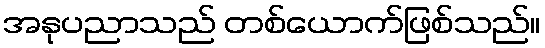
အနုပညာသည် တစ်ယောက်ဖြစ်သည်။